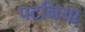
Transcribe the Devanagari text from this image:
पटनिया